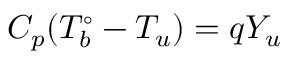
C _ { p } ( T _ { b } ^ { \circ } - T _ { u } ) = q Y _ { u }